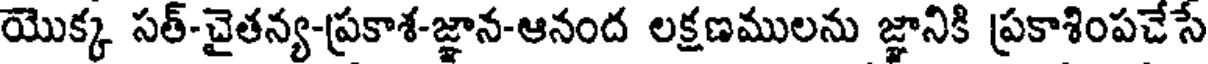
యొక్క సత్-చైతన్య-ప్రకాశ-జ్ఞాన-ఆనంద లక్షణములను జ్ఞానికి ప్రకాశింపచేసే